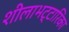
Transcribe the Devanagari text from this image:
शीलाभट्टारिका